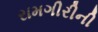
રામગીરીની